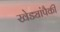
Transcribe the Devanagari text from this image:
खेड्यांपैकी